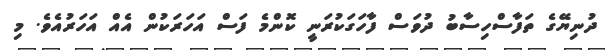
ދުނިޔޭގެ ތަފާސްހިސާބު ދުވަސް ފާހަގަކުރަނީ ކޮންމެ ފަސް އަހަރަކުން އެއް އަހަރުއެވެ. މި